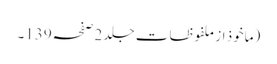
(ماخوذ از ملفوظات جلد 2صفحہ139۔